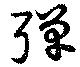
弾